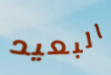
البعيد